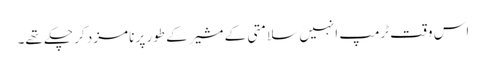
اس وقت ٹرمپ انہیں سلامتی کے مشیر کے طور پر نامزد کر چکے تھے۔